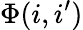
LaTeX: \Phi(i,i^{\prime})